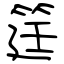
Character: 筳